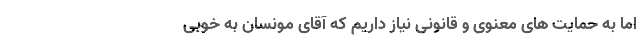
اما به حمایت های معنوی و قانونی نیاز داریم که آقای مونسان به خوبی